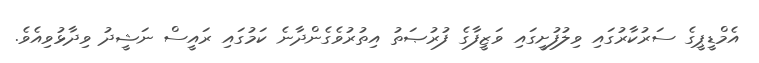
އެމްޑީޕީގެ ސަރުކާރުގައި ވިލުފުށީގައި ވަޒީފާގެ ފުރުޞަތު އިތުރުވެގެންދާނެ ކަމުގައި ރައީސް ނަޝީދު ވިދާޅުވިއެވެ.